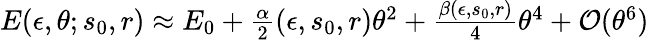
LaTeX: \begin{array}{r}{E(\epsilon,\theta;s_{0},r)\approx E_{0}+\frac{\alpha}{2}(\epsilon,s_{0},r)\theta^{2}+\frac{\beta(\epsilon,s_{0},r)}{4}\theta^{4}+\mathcal{O}(\theta^{6})}\end{array}